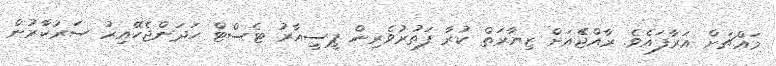
މައްޗަށް އަރާފައެެވެ. ރާއްޖެެއަށް ޒިޔާރަތް ކުރާ ފަތުރުވެރިން ޕީސީއާރު ޓެސްޓް ހަދަންޖެހޭއިރު ސަރުކާރުން